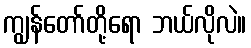
ကျွန်တော်တို့ရော ဘယ်လိုလဲ။